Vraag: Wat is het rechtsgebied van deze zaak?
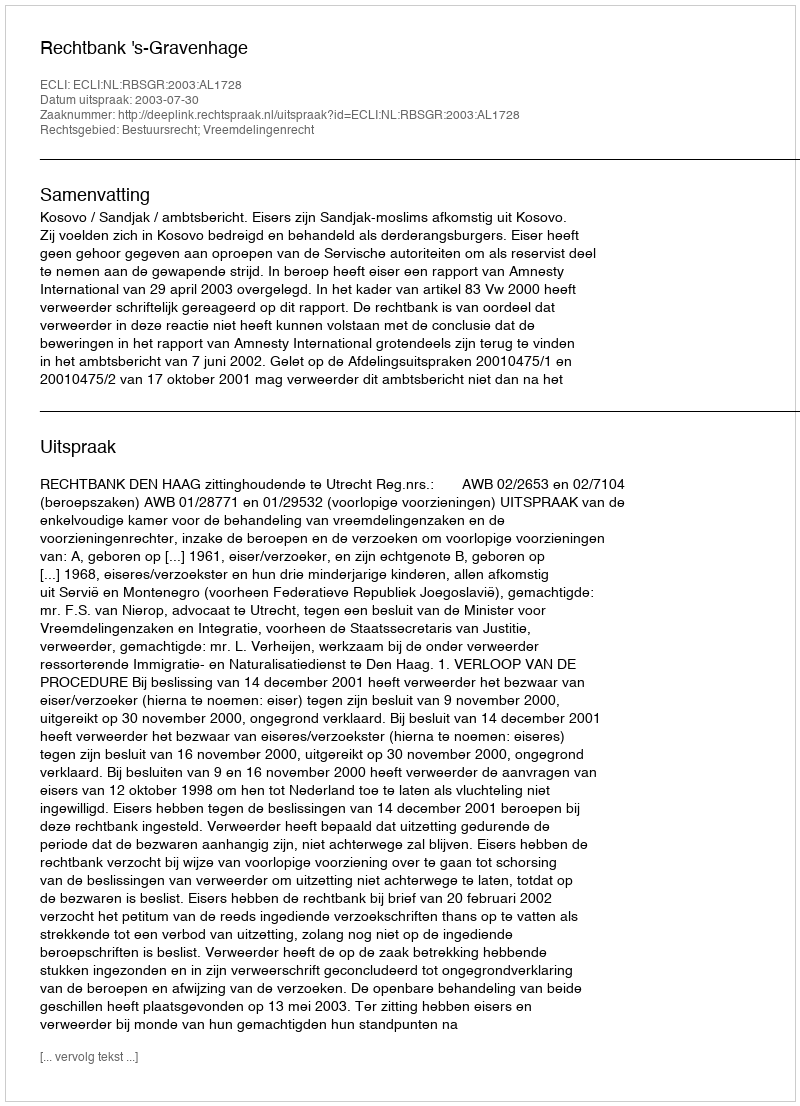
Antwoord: Bestuursrecht; Vreemdelingenrecht